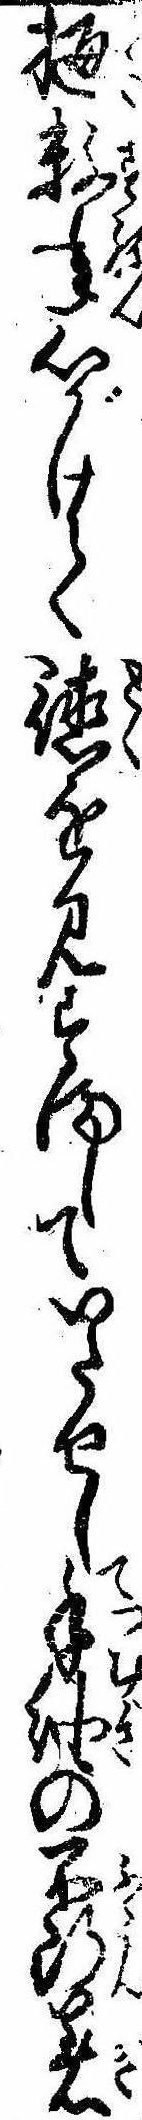
樋数年心がけて徳を見すましていたせし手紬の不断着